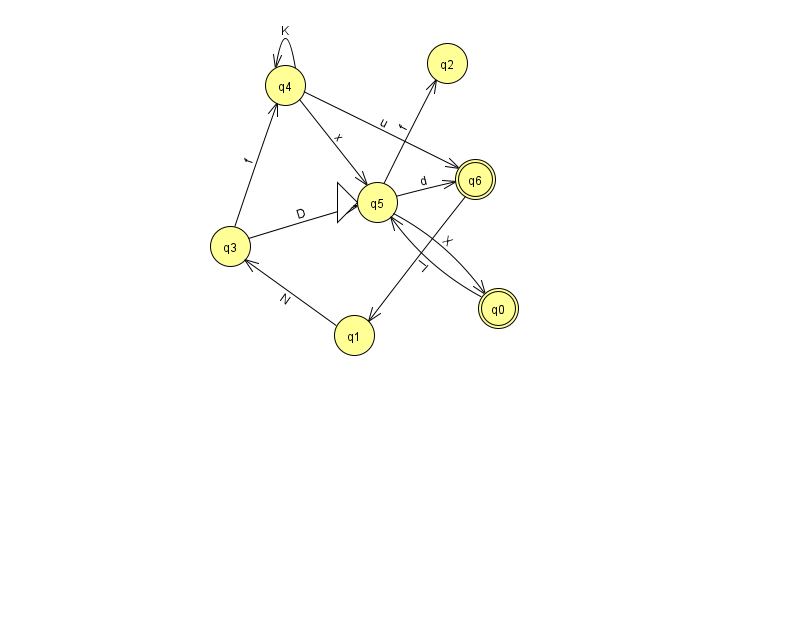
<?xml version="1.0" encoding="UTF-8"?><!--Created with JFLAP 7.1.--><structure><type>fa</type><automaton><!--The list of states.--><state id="0" name="q0"><x>498.0</x><y>295.0</y><final/></state><state id="1" name="q1"><x>354.0</x><y>322.0</y></state><state id="2" name="q2"><x>447.0</x><y>50.0</y></state><state id="3" name="q3"><x>230.0</x><y>233.0</y></state><state id="4" name="q4"><x>285.0</x><y>72.0</y></state><state id="5" name="q5"><x>377.0</x><y>189.0</y><initial/></state><state id="6" name="q6"><x>475.0</x><y>166.0</y><final/></state><!--The list of transitions.--><transition><from>4</from><to>6</to><read>u</read></transition><transition><from>1</from><to>3</to><read>N</read></transition><transition><from>5</from><to>0</to><read>X</read></transition><transition><from>5</from><to>2</to><read>f</read></transition><transition><from>5</from><to>6</to><read>d</read></transition><transition><from>0</from><to>5</to><read>l</read></transition><transition><from>4</from><to>5</to><read>x</read></transition><transition><from>3</from><to>5</to><read>D</read></transition><transition><from>3</from><to>4</to><read>f</read></transition><transition><from>4</from><to>4</to><read>K</read></transition><transition><from>6</from><to>1</to><read>I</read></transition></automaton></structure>